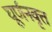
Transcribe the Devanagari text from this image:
घूर्णनवृत्त